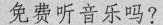
免费听音乐吗?